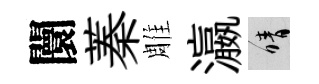
闤蓁雕瀛晴